EAOK_Sinod, lk 3
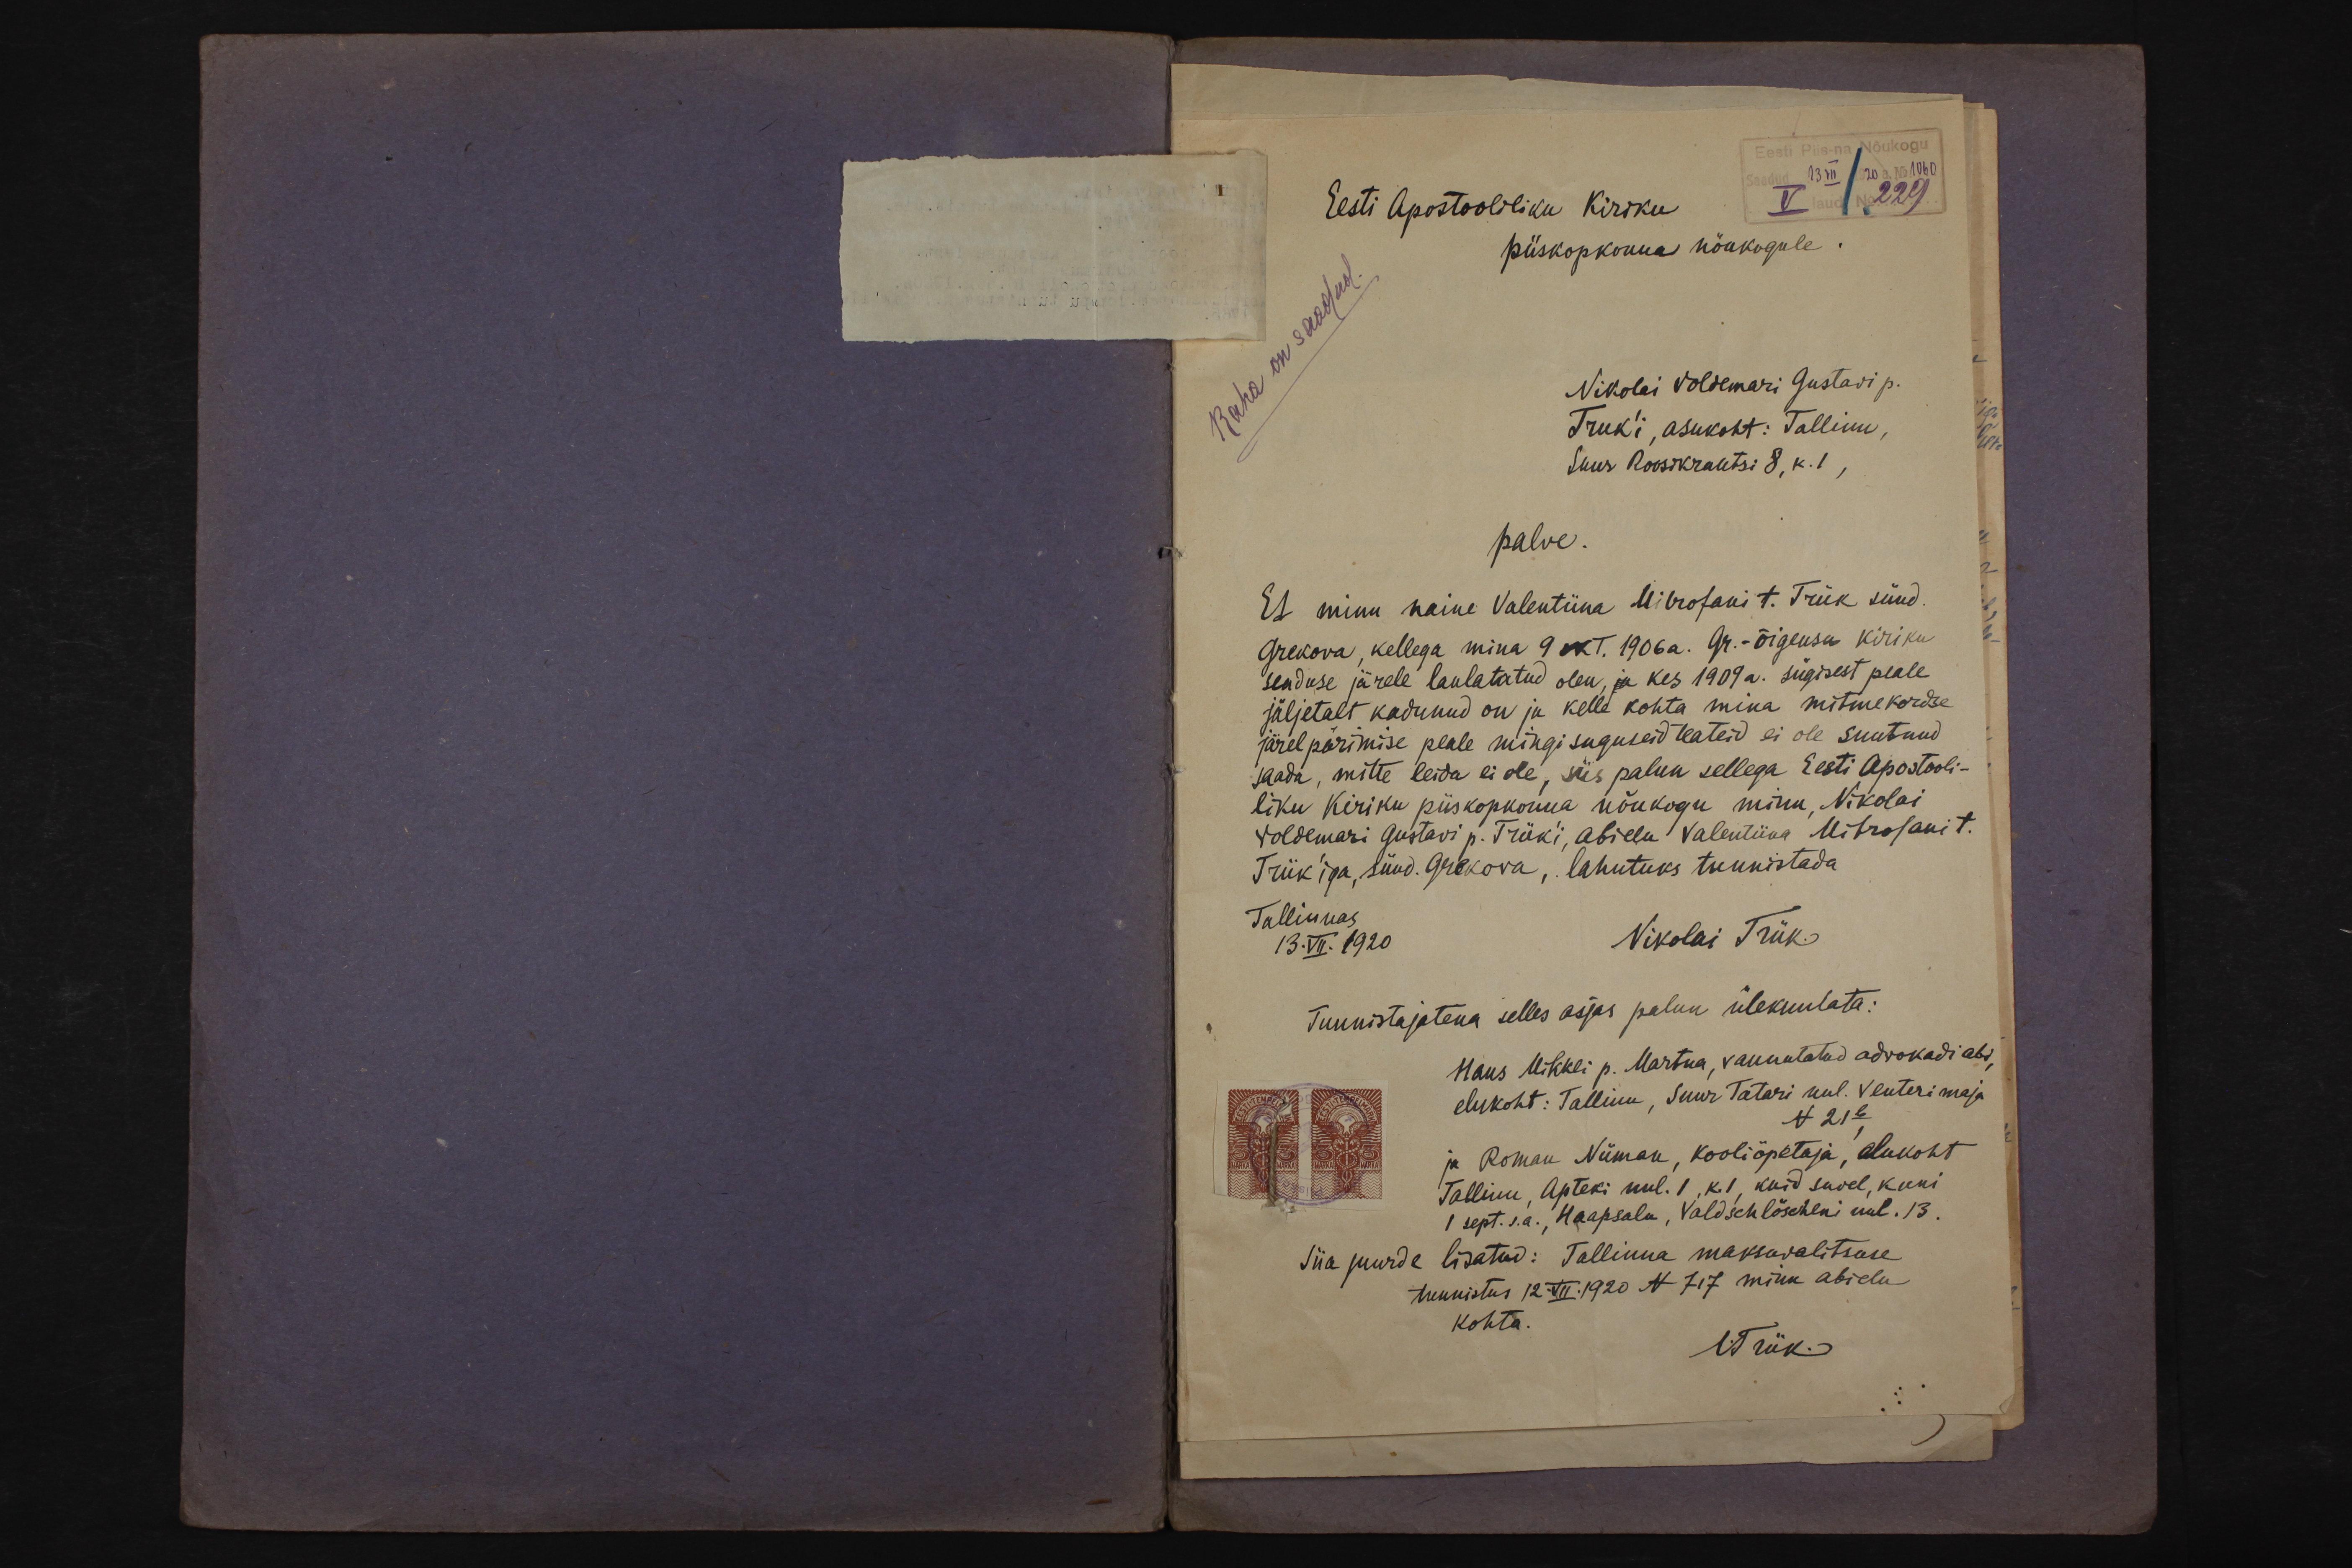
1060
20
13 VII
Eesti Apostooliliku Kiriku
229
V
piiskopkonna nõukogule
Raha on saadud.
Nikolai Voldemari Gustavi p.
Triik'i, asukoht: Tallinn,
Suur Roosikrantsi 8, k. 1,
palve.
Et minu naine Valentiina Mitrofani t. Triik sünd.
Grekova, kellega mina 9 okt. 1906 a. Gr.-õigeusu kiriku
seaduse järele laulatatud olen, ja kes 1909 a. sügisest peale
jäljetalt kadunud on ja kelle kohta mina mitmekordse
järelpärimise peale mingisuguseid teateid ei ole suutnud
saada, mitte leida ei ole, siis palun sellega Eesti Apostooli-
liku Kiriku piiskopkonna nõukogu minu Nikolai
Woldemari Gustavi p. Triik'i, abielu Valentiina Mitrofani t.
Triik'iga, sünd. Grekova, lahutuks tunnistada
Tallinnas
13.VII. 1920
Nikolai Triik
Tunnistajatena selles asjas palun ülekuulata:
Hans Mihkli p. Martna, vannutatud adwokadi abi,
elukoht: Tallinn, Suur Tatari uul. Venteri maja,
N 21b
ja Roman Nüman, kooliõpetaja, elukoht
Tallinn, Apteki uul. 1, k. 1., kuid suvel, kuni
1 sept. s.a. Haapsalu, Valdschlöscheni uul. 13.
Siia juurde lisatud: Tallinna maksuvalitsuse
tunnistus 12. XVI. 1920 N 717 minu abielu
kohta.
NTriik.